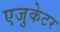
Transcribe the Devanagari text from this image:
एजुकेटर